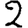
Digit: 2